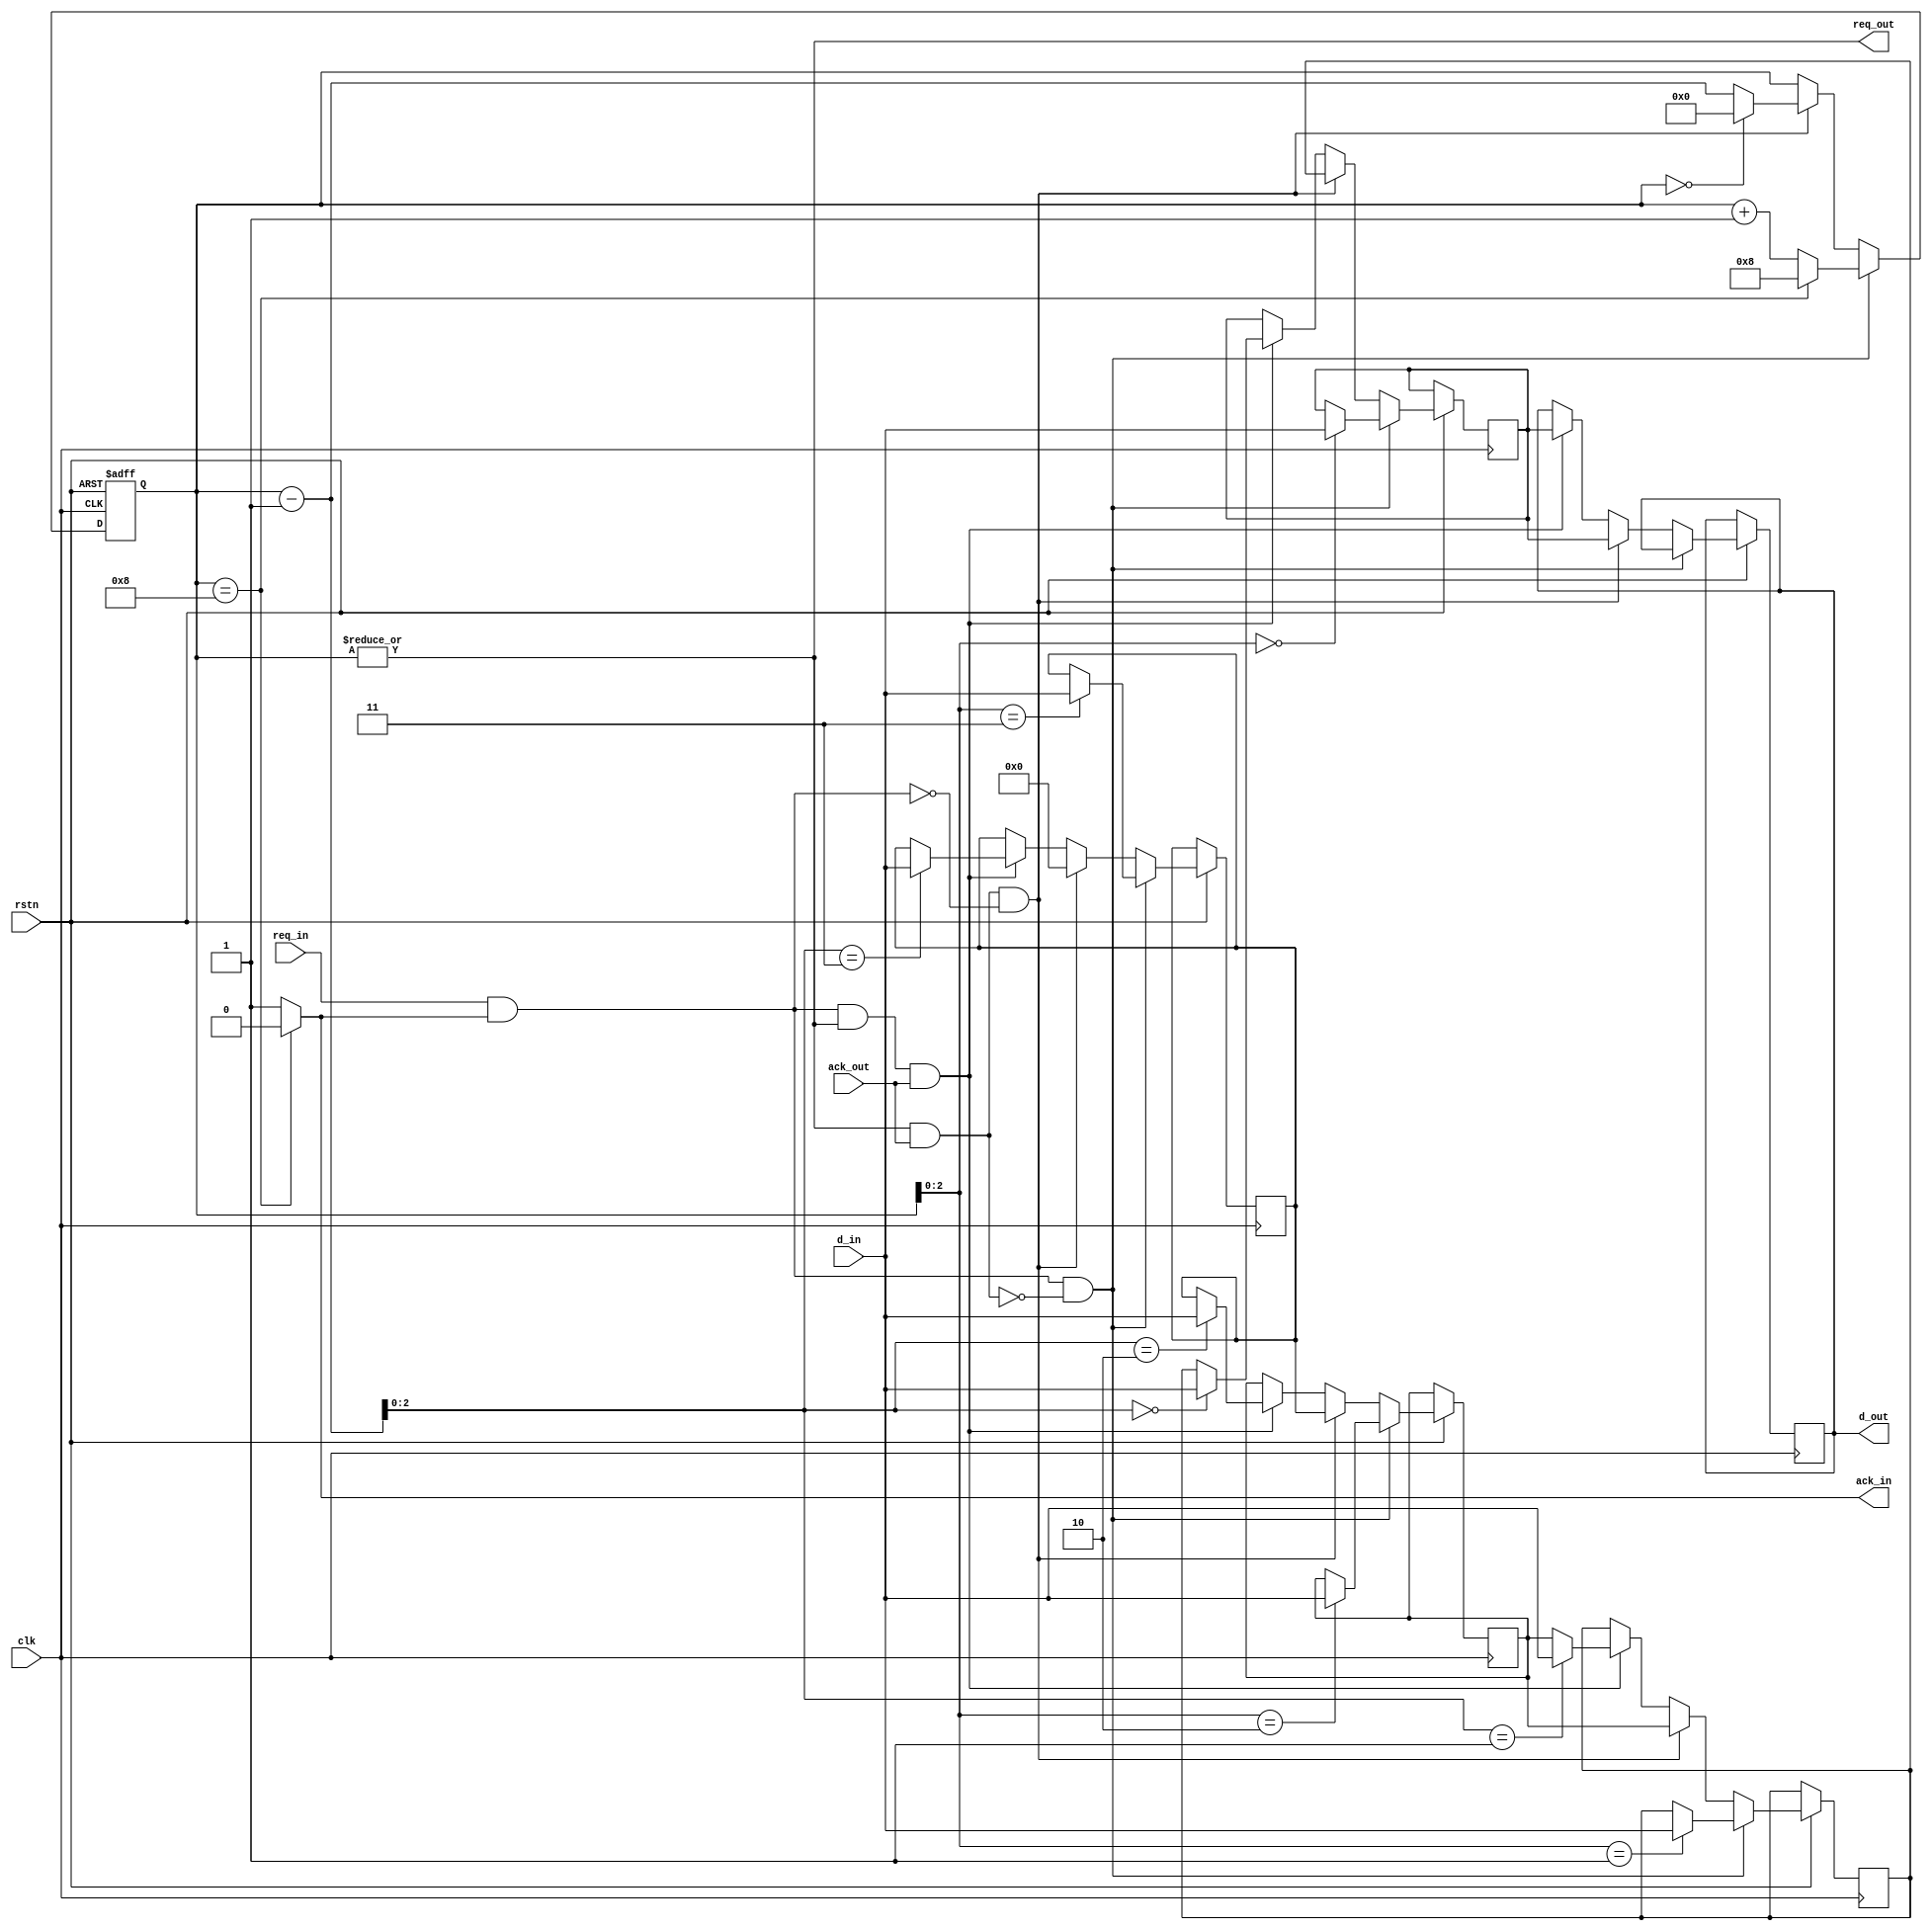
module fifo_register_out #(parameter dw=4,L=8)
(
    input clk,rstn,
    input [dw-1:0] d_in,
    input req_in,
    output ack_in,
    output [dw-1:0] d_out,
    output req_out,
    input ack_out
);
    reg [dw-1:0] data [L-1:0];
    reg [L-1:0] wp;
    reg [dw-1:0]out;


    assign req_out=|wp;
    assign ack_in=(wp==L)?0:1;
    assign d_out=out;

    always @(posedge clk or negedge rstn) begin
        if(!rstn) begin
            wp<=0;
        end
        else begin
            if(req_in&ack_in&(~(req_out&ack_out))) begin
                wp<=(wp==L)?L:wp+1;
                data[wp]<=d_in;
            end
            else if(req_out&ack_out&(~(req_in&ack_in))) begin
                wp<=(wp==0)?0:wp-1;
                data[3]<=0;
                data[2]<=data[3];
                data[1]<=data[2];
                data[0]<=data[1];
                out<=data[0];
            end
            else if(req_in&ack_in&req_out&ack_out)begin
                data[2]<=data[3];
                data[1]<=data[2];
                data[0]<=data[1];
                out<=data[0];
                data[wp-1]<=d_in;
            end
            else begin
                ;
            end
        end
    end
endmodule


//LFIFO